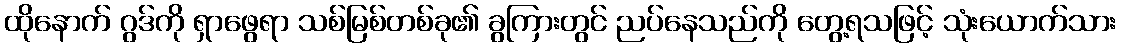
ထိုနောက် ဂွဒ်ကို ရှာဖွေရာ သစ်မြစ်တစ်ခု၏ ခွကြားတွင် ညပ်နေသည်ကို တွေ့ရသဖြင့် သုံးယောက်သား